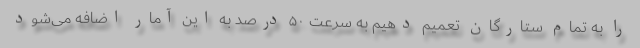
را به تمام ستارگان تعمیم دهیم به سرعت ۵۰ درصد به این آمار اضافه می‌شود